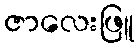
ဇာလေးဖြူ